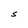
Character: S